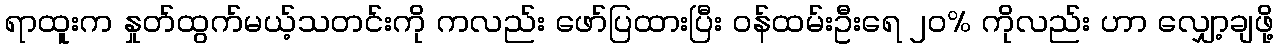
ရာထူးက နှုတ်ထွက်မယ့်သတင်းကို ကလည်း ဖော်ပြထားပြီး ဝန်ထမ်းဦးရေ ၂၀% ကိုလည်း ဟာ လျှော့ချဖို့